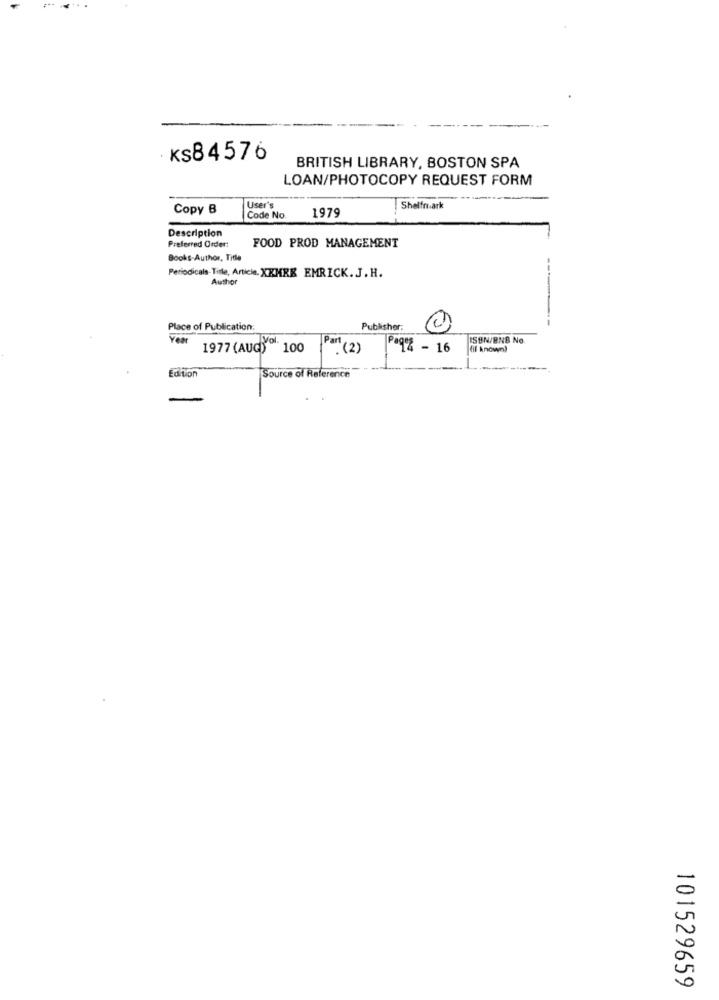
ks84576
BRITISH LIBRARY, BOSTON SPA
LOAN/PHOTOCOPY REQUEST FORM
Copy B
User's
Shelfmark
Code No.
1979
Description
Preferred Order:
FOOD PROD MANAGEMENT
Books-Author, Title
Periodicals-Title, Article. XXMRK EMRICK. J.H.
Author
Place of Publication:
Publisher:
ISBN/BNB No
1977 (AUG) 100
Part (2)
Paq2 - 16
fil known)
Edition
Source of Reference
101529659